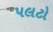
પલટો